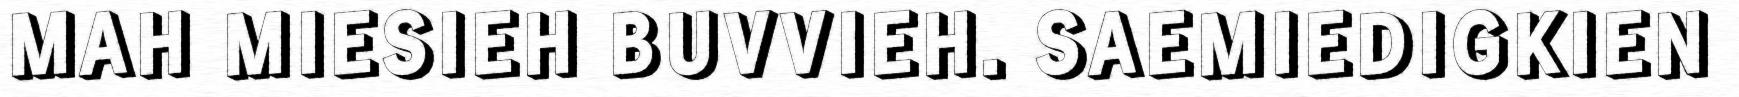
MAH MIESIEH BUVVIEH. SAEMIEDIGKIEN